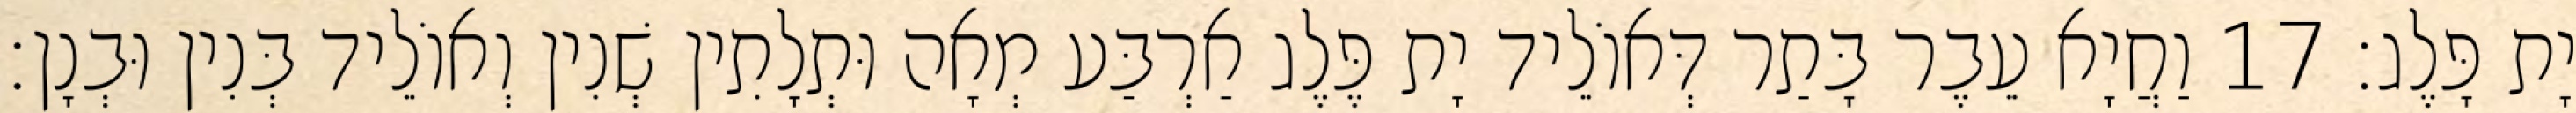
יָת פָּלֶג׃ 17 וַחֲיָא עֵבֶר בָּתַר דְּאוֹלֵיד יָת פֶּלֶג אַרְבַּע מְאָה וּתְלָתִין שְׁנִין וְאוֹלֵיד בְּנִין וּבְנָן׃